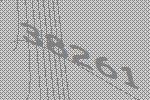
38261